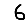
Digit: 6